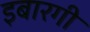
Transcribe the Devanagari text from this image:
इबारगी